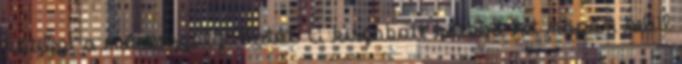
kötelezi a műsorszolgáltatót. A kiszabott kötbért hét napon belül